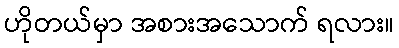
ဟိုတယ်မှာ အစားအသောက် ရလား။